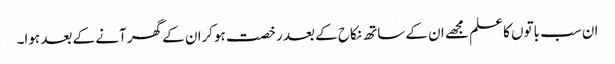
ان سب باتوں کا علم مجھے ان کے ساتھ نکاح کے بعد رخصت ہوکران کے گھر آنے کے بعد ہوا۔